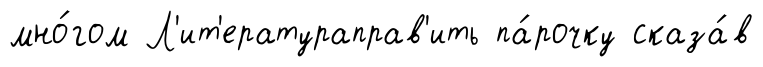
мно́гом Л'ит'ератураправ'ить па́рочку сказа́в